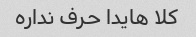
کلا هایدا حرف نداره